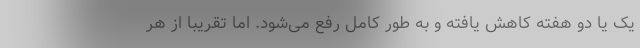
یک یا دو هفته کاهش یافته و به طور کامل رفع می‌شود. اما تقریبا از هر